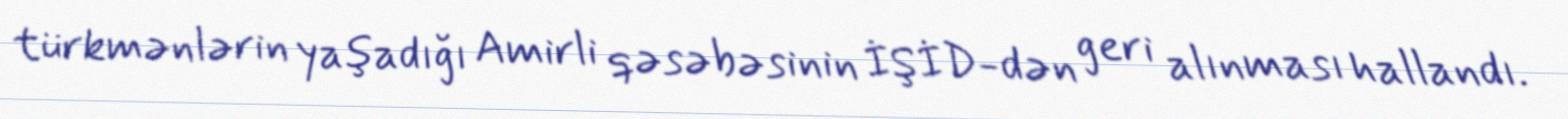
türkmənlərin yaşadığı Amirli qəsəbəsinin İŞİD-dən geri alınması hallandı.